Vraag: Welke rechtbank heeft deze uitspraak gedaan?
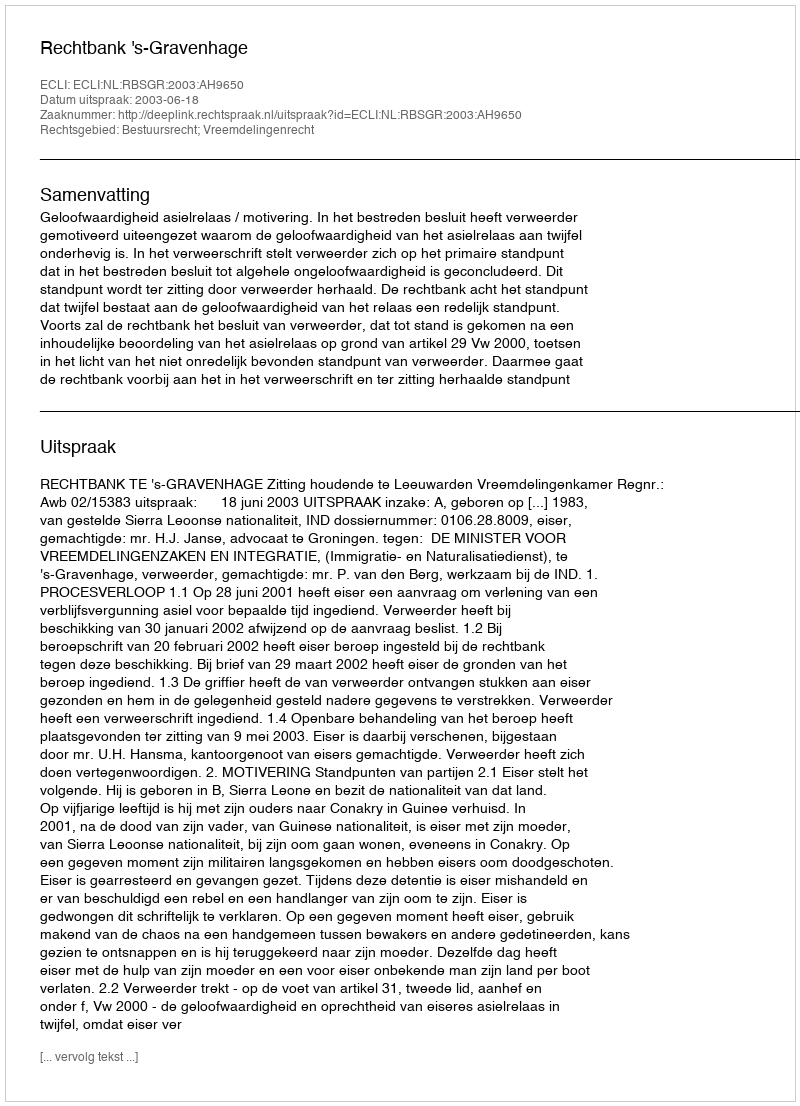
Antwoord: Rechtbank 's-Gravenhage